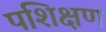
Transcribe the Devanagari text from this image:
पशिक्षण